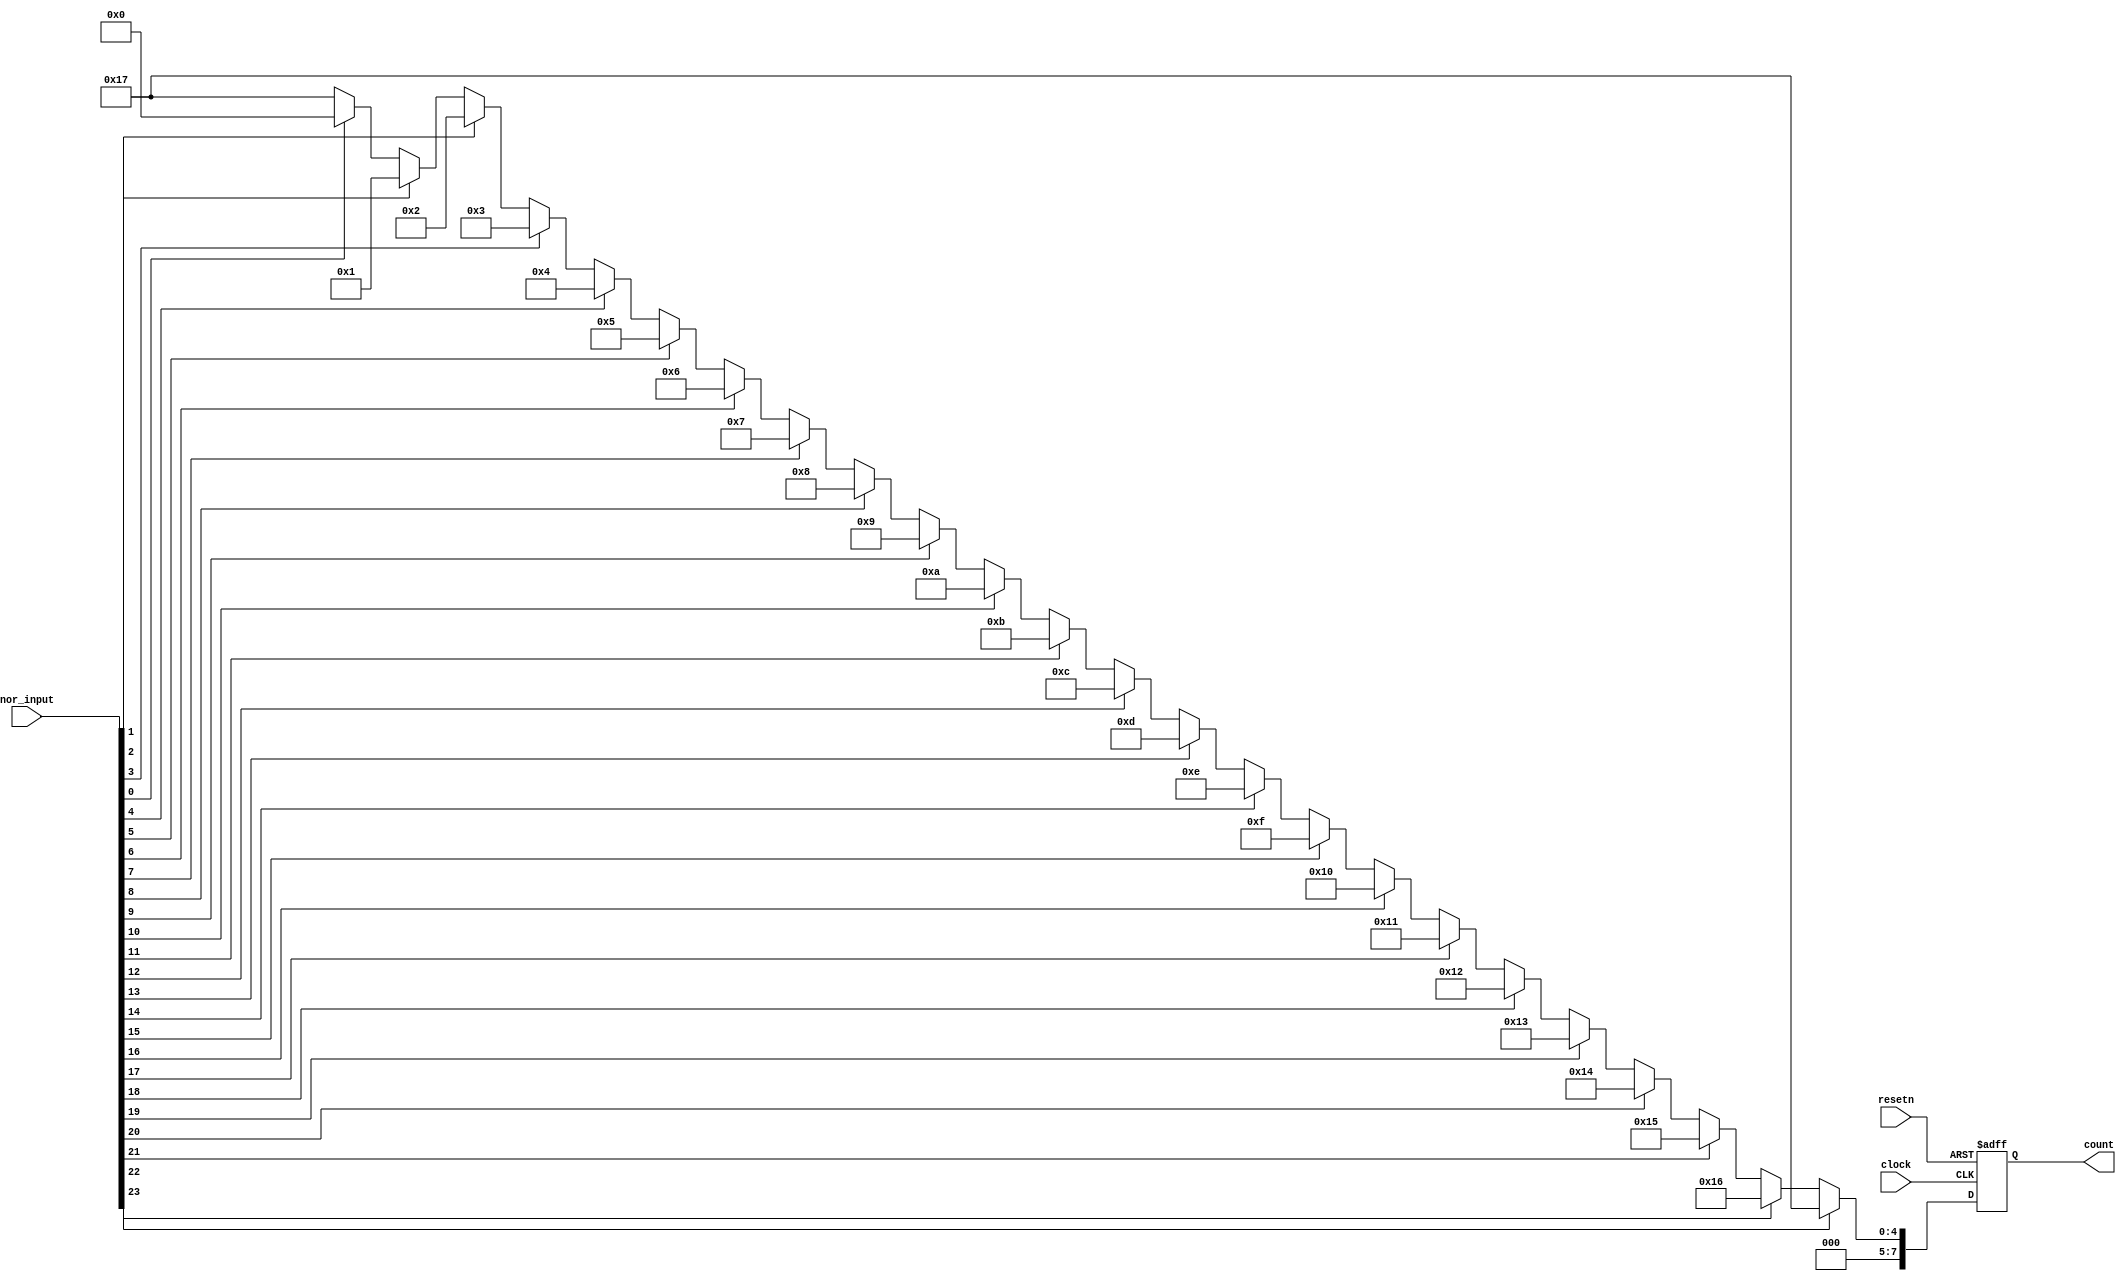
module fr_firstone(clock, resetn, nor_input, count);
	input clock, resetn;
	
	input [23:0] nor_input;
	
	output reg [7:0] count;

	always@(posedge clock, negedge resetn) begin
		if(!resetn)	count = 23;
		else if (nor_input[23]==1) count = 23;
		else if (nor_input[22]==1) count = 22;
		else if (nor_input[21]==1) count = 21;
		else if (nor_input[20]==1) count = 20;
		else if (nor_input[19]==1) count = 19;
		else if (nor_input[18]==1) count = 18;
		else if (nor_input[17]==1) count = 17;
		else if (nor_input[16]==1) count = 16;
		else if (nor_input[15]==1) count = 15;
		else if (nor_input[14]==1) count = 14;
		else if (nor_input[13]==1) count = 13;
		else if (nor_input[12]==1) count = 12;
		else if (nor_input[11]==1) count = 11;
		else if (nor_input[10]==1) count = 10;
		else if (nor_input[9]==1) count = 9;
		else if (nor_input[8]==1) count = 8;
		else if (nor_input[7]==1) count = 7;
		else if (nor_input[6]==1) count = 6;
		else if (nor_input[5]==1) count = 5;
		else if (nor_input[4]==1) count = 4;
		else if (nor_input[3]==1) count = 3;
		else if (nor_input[2]==1) count = 2;
		else if (nor_input[1]==1) count = 1;
		else if (nor_input[0]==1) count = 0;
		else count = 23;
	end

endmodule